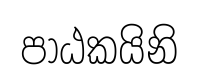
පාඨකයිනි